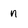
Character: n